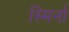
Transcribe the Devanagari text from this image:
स्मिर्ना